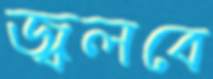
জ্বলবে